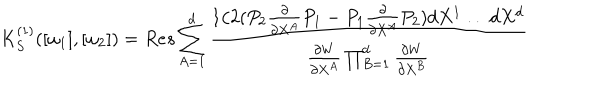
K _ { S } ^ { ( 1 ) } ( [ \omega _ { 1 } ] , [ \omega _ { 2 } ] ) = R e s \sum _ { A = 1 } ^ { d } \frac { 1 / 2 ( P _ { 2 } { \frac { \partial } { \partial X ^ { A } } } P _ { 1 } - P _ { 1 } { \frac { \partial } { \partial X ^ { A } } } P _ { 2 } ) d X ^ { 1 } \ldots d X ^ { d } } { \frac { \partial W } { \partial X ^ { A } } \prod _ { B = 1 } ^ { d } \frac { \partial W } { \partial X ^ { B } } }